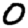
Digit: 0